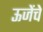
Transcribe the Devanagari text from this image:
ऊजेंचे